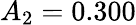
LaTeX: A_{2}=0.300